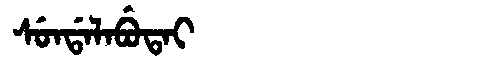
Manchu: ᠰᡠᠨᡩᠠᠯᠠᠪᡠᡨᠠᡳ
Romanization: SUNDALABUTAI